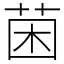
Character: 𮏄